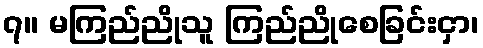
၇။ မကြည်ညိုသူ ကြည်ညိုစေခြင်းငှာ၊